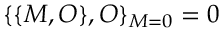
\{ \{ M , O \} , O \} _ { M = 0 } = 0